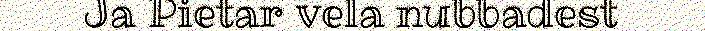
Ja Pietar vela nubbadest